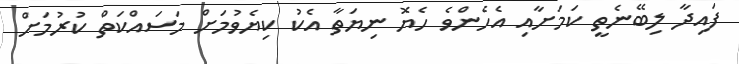
ފައިދާ ލިބޭނެތީ ކަމަށާއި އެހެންވެ ހެޔޮ ނިޔަތާ އެކު ކިޔެވުމަށް މަސައްކަތް ކުރުމަށް